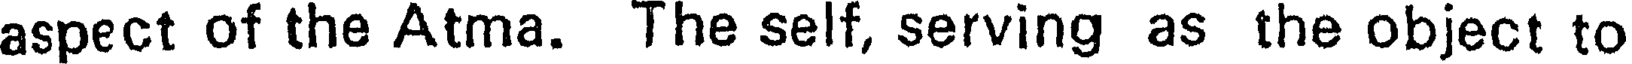
aspect of the Atma. The self, serving as the object to